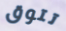
تتوق